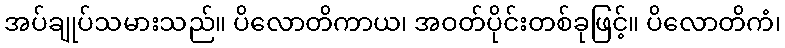
အပ်ချုပ်သမားသည်။ ပိလောတိကာယ၊ အဝတ်ပိုင်းတစ်ခုဖြင့်။ ပိလောတိကံ၊